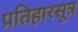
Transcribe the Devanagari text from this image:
प्रतिहारसूत्र